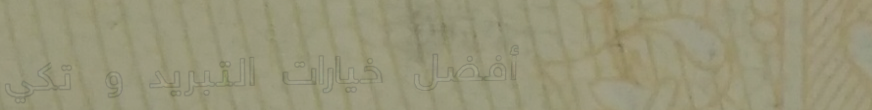
أفضل خيارات التبريد و تكي